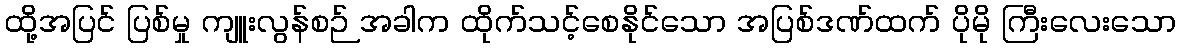
ထို့အပြင် ပြစ်မှု ကျူးလွန်စဉ် အခါက ထိုက်သင့်စေနိုင်သော အပြစ်ဒဏ်ထက် ပိုမို ကြီးလေးသော